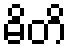
ဓိတိ